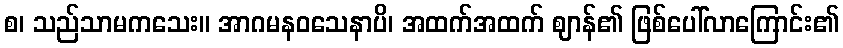
စ၊ သည်သာမကသေး။ အာဂမနဝသေနာပိ၊ အထက်အထက် ဈာန်၏ ဖြစ်ပေါ်လာကြောင်း၏